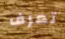
تعرف